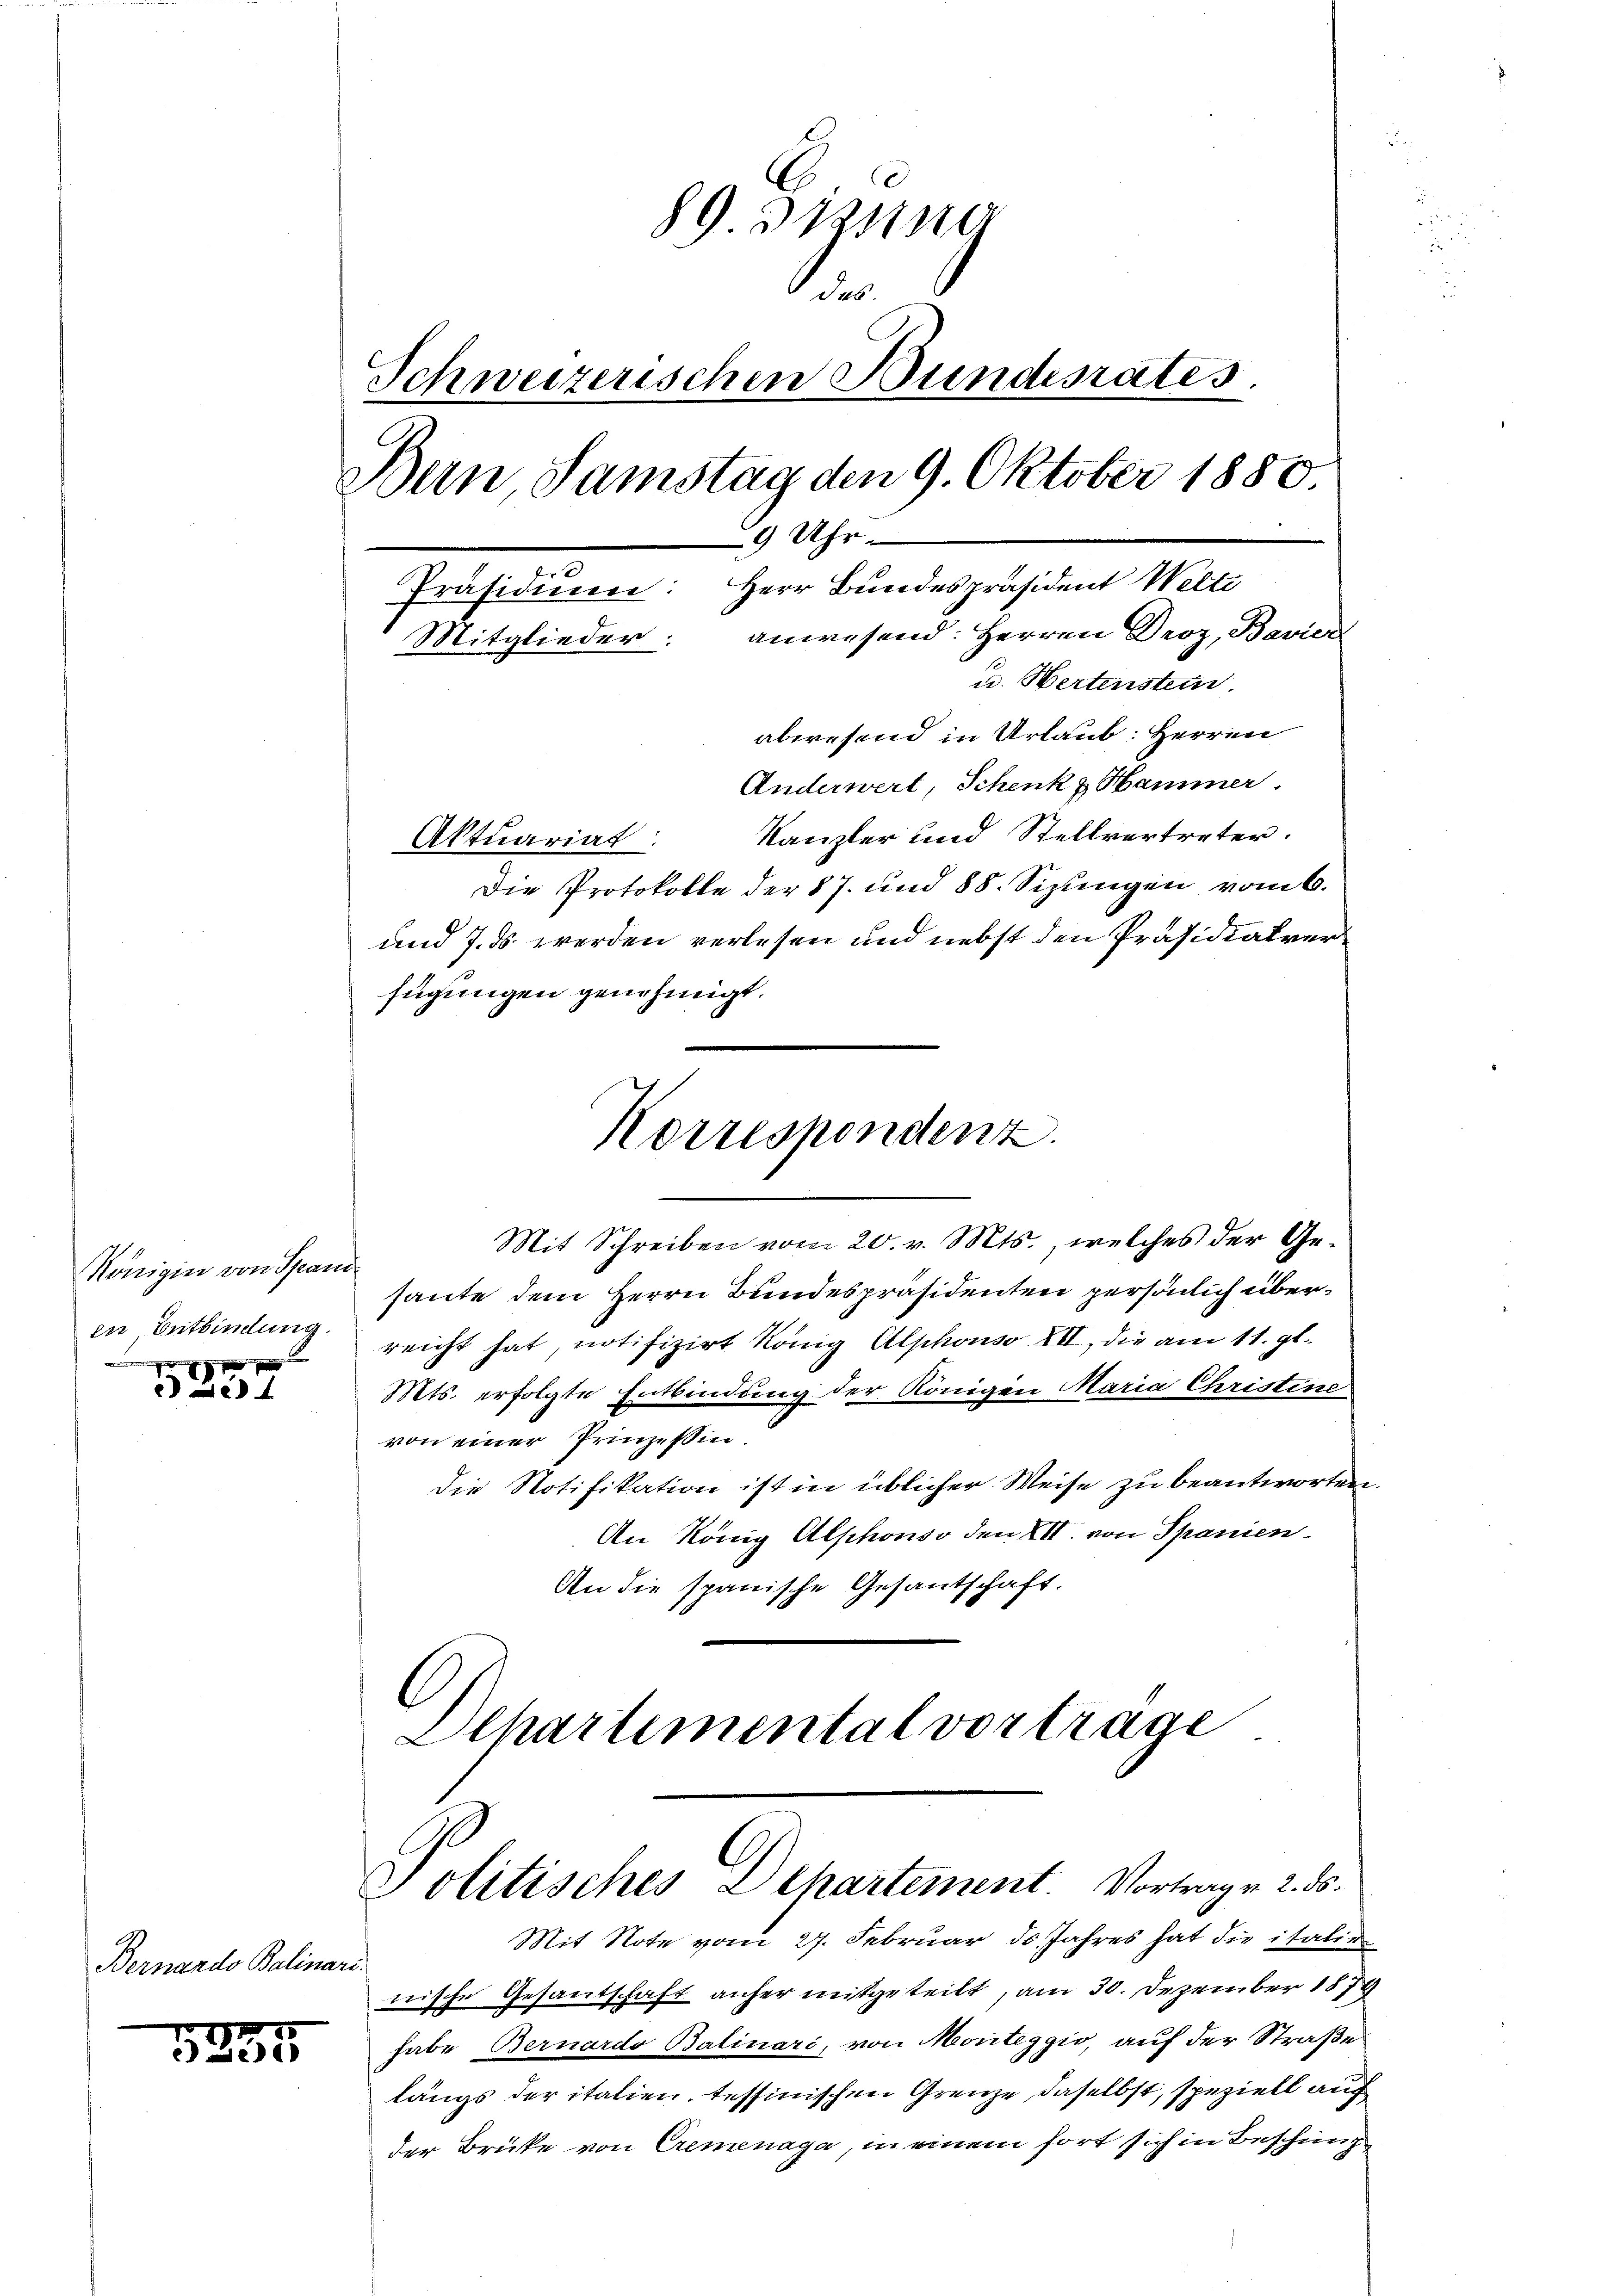
Königin von Spanden Entbindung.
 g e g

Le

Bernardo Balinar-

1835

89 Diesing
n
Schweizerischen Bundesrates.
Bern, Samstag den 9. Oktober 1880.
9 Uhr.
Präsidium: Herr Bundespräsident Welti
anwesend: Herren Droz, Bavier
Mitglieder:
u. Hertenstein
abwesend in Urlaub: Herren
Anderwert, Schenk & Hammer.
Kanzler und Stellvertreter.
Aktuariat:

Die Protokolle der 87. und 88. Sizungen vom 6.
und 7. ds werden verlesen und nebst den Präsidialverfügungen genehmigt.
Mit Schreiben vom 20. v. Mts., welches der Gehaute dem Herrn Bundespräsidenten persönlich überreicht hat, notifizirt König Alphonso VII, die am 11. gl.
Mts. erfolgte Entbindung der Königen Maria Christine
von einer Prinzessin.
Die Notifikation ist in üblicher Weise zu beantworten.
An König Alphonso den XII. von Spanien.
An die spanische Gesantschaft.
Dehartemental vortrage

Korrespondenz.

G
Politisches Departement Vortrag v. 2. ds.

Mit Note vom 27. Februar ds. Jahres hat die italie
nische Gesandschaft anher mitgeteilt, am 30. Dezember 1879
habe Bernardo Balinari, von Montezgio, auf der Straße
längs der italien, tessinischen Grenze daselbst, speziell auch
der Brücke von Cremenaga, in einem fort sich in Beschung